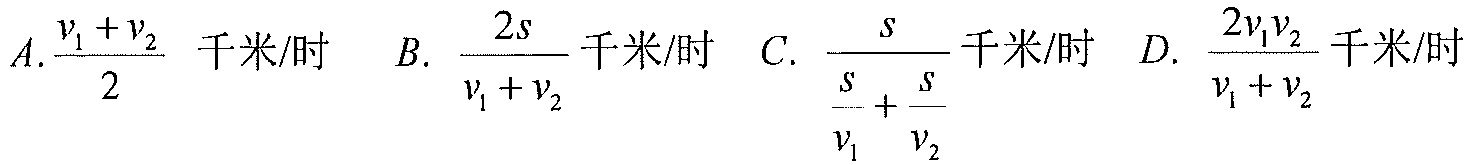
\(A.\dfrac{v_1 + v_2}{2}\) 千米/时  \(B.\ \dfrac{2s}{v_1 + v_2}\)千米/时  \(C.\ \dfrac{s}{\dfrac{s}{v_1}+\dfrac{s}{v_2}}\)千米/时  \(D.\ \dfrac{2v_1v_2}{v_1 + v_2}\)千米/时